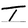
Character: T